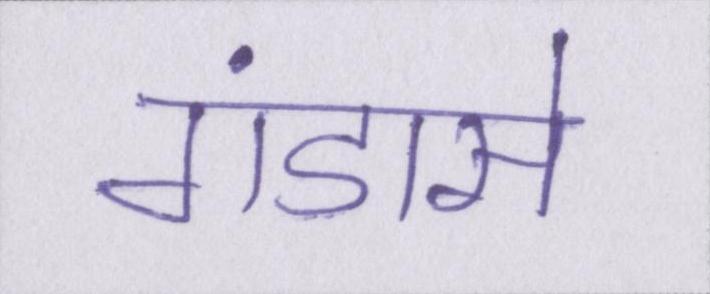
गंडासे